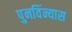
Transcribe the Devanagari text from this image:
पुनविंन्यास